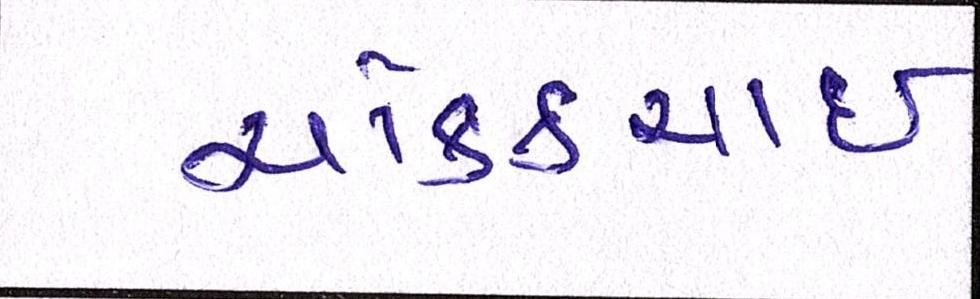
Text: ચોક્કચાઇ